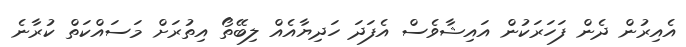
އެއިރުން ދެން ފަހަރަކުން އައިޝާވެސް އެފަދަ ހަދިޔާއެއް ލިބޭތޯ އިތުރަށް މަސައްކަތް ކުރާނެ